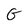
Character: G